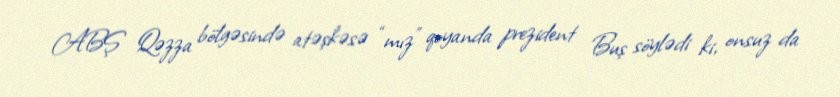
ABŞ Qəzza bölgəsində atəşkəsə “mız” qoyanda prezident Buş söylədi ki, onsuz da